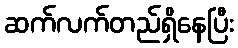
ဆက်လက်တည်ရှိနေပြီး